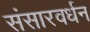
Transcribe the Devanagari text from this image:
संसारवर्धन